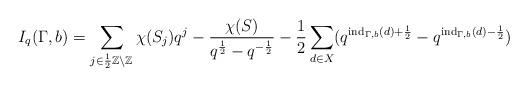
LaTeX: \begin{align*} I_q(\Gamma,b) =\sum_{j \in \frac12 \mathbb Z \setminus \mathbb Z} \chi(S_j) q^j - \frac{\chi(S)}{q^{\frac12} - q^{-\frac12}}- \frac12\sum_{d \in X}(q^{\mathrm{ind}_{\Gamma, b}(d) + \frac12} - q^{\mathrm{ind}_{\Gamma, b}(d) - \frac12})\end{align*}